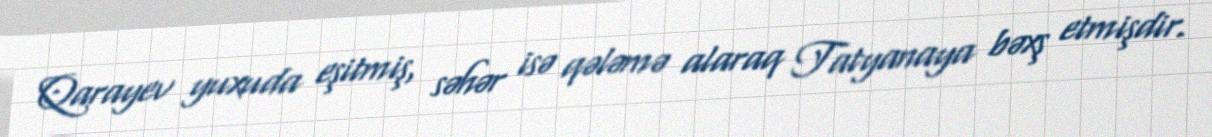
Qarayev yuxuda eşitmiş, səhər isə qələmə alaraq Tatyanaya bəxş etmişdir.